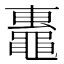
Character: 𬹢